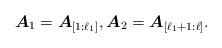
LaTeX: \begin{align*}\boldsymbol{A}_1 = \boldsymbol{A}_{[1:\ell_1]}, \boldsymbol{A}_2 = \boldsymbol{A}_{[\ell_1+1:\ell]}.\end{align*}